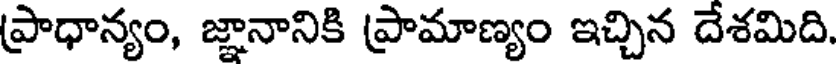
ప్రాధాన్యం, జ్ఞానానికి ప్రామాణ్యం ఇచ్చిన దేశమిది.